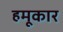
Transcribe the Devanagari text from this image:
हमूकार